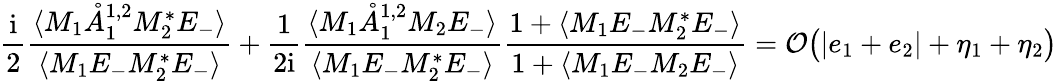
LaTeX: \frac{\mathrm{i}}{2}\frac{\langle M_{1}\mathring{A}_{1}^{{1,2}}M_{2}^{*}E_{-}\rangle}{\langle M_{1}E_{-}M_{2}^{*}E_{-}\rangle}+\frac{1}{2\mathrm{i}}\frac{\langle M_{1}\mathring{A}_{1}^{{1,2}}M_{2}E_{-}\rangle}{\langle M_{1}E_{-}M_{2}^{*}E_{-}\rangle}\frac{1+\langle M_{1}E_{-}M_{2}^{*}E_{-}\rangle}{1+\langle M_{1}E_{-}M_{2}E_{-}\rangle}=\mathcal{O}\big(|e_{1}+e_{2}|+\eta_{1}+\eta_{2}\big)